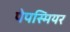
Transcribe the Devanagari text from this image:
पेपस्मियर